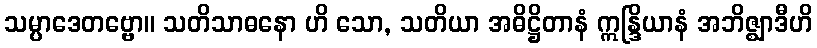
သမ္ပာဒေတဗ္ဗော။ သတိသာဓနော ဟိ သော, သတိယာ အဓိဋ္ဌိတာနံ ဣန္ဒြိယာနံ အဘိဇ္ဈာဒီဟိ